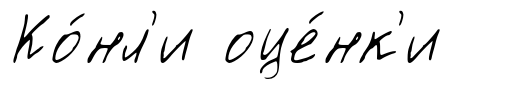
Ко́нл'и оце́нк'и